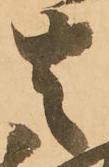
去